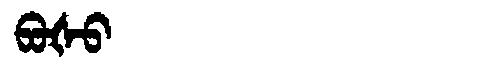
Manchu: ᠪᠣᡧᠣ
Romanization: BOŠO